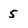
Character: 5